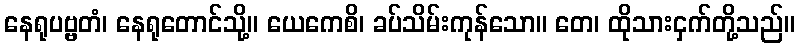
နေရုပဗ္ဗတံ၊ နေရုတောင်သို့။ ယေကေစိ၊ ခပ်သိမ်းကုန်သော။ တေ၊ ထိုသားငှက်တို့သည်။